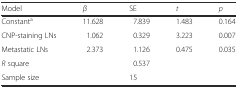
<table><thead><tr><td><b>Model</b></td><td><b><i>β</i></b></td><td><b>SE</b></td><td><b><i>t</i></b></td><td><b><i>p</i></b></td></tr></thead><tbody><tr><td>Constant<sup>a</sup></td><td>11.628</td><td>7.839</td><td>1.483</td><td>0.164</td></tr><tr><td>CNP-staining LNs</td><td>1.062</td><td>0.329</td><td>3.223</td><td>0.007</td></tr><tr><td>Metastatic LNs</td><td>2.373</td><td>1.126</td><td>0.475</td><td>0.035</td></tr><tr><td><i>R</i> square</td><td></td><td>0.537</td><td></td><td></td></tr><tr><td>Sample size</td><td></td><td>15</td><td></td><td></td></tr></tbody></table>